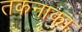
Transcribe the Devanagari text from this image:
तकनाका